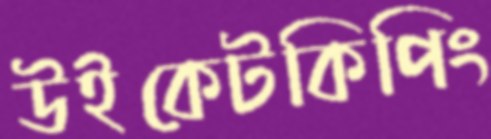
উইকেটকিপিং